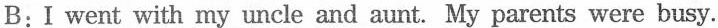
B: I went with my uncle and aunt. My parents were busy.